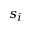
s _ { i }